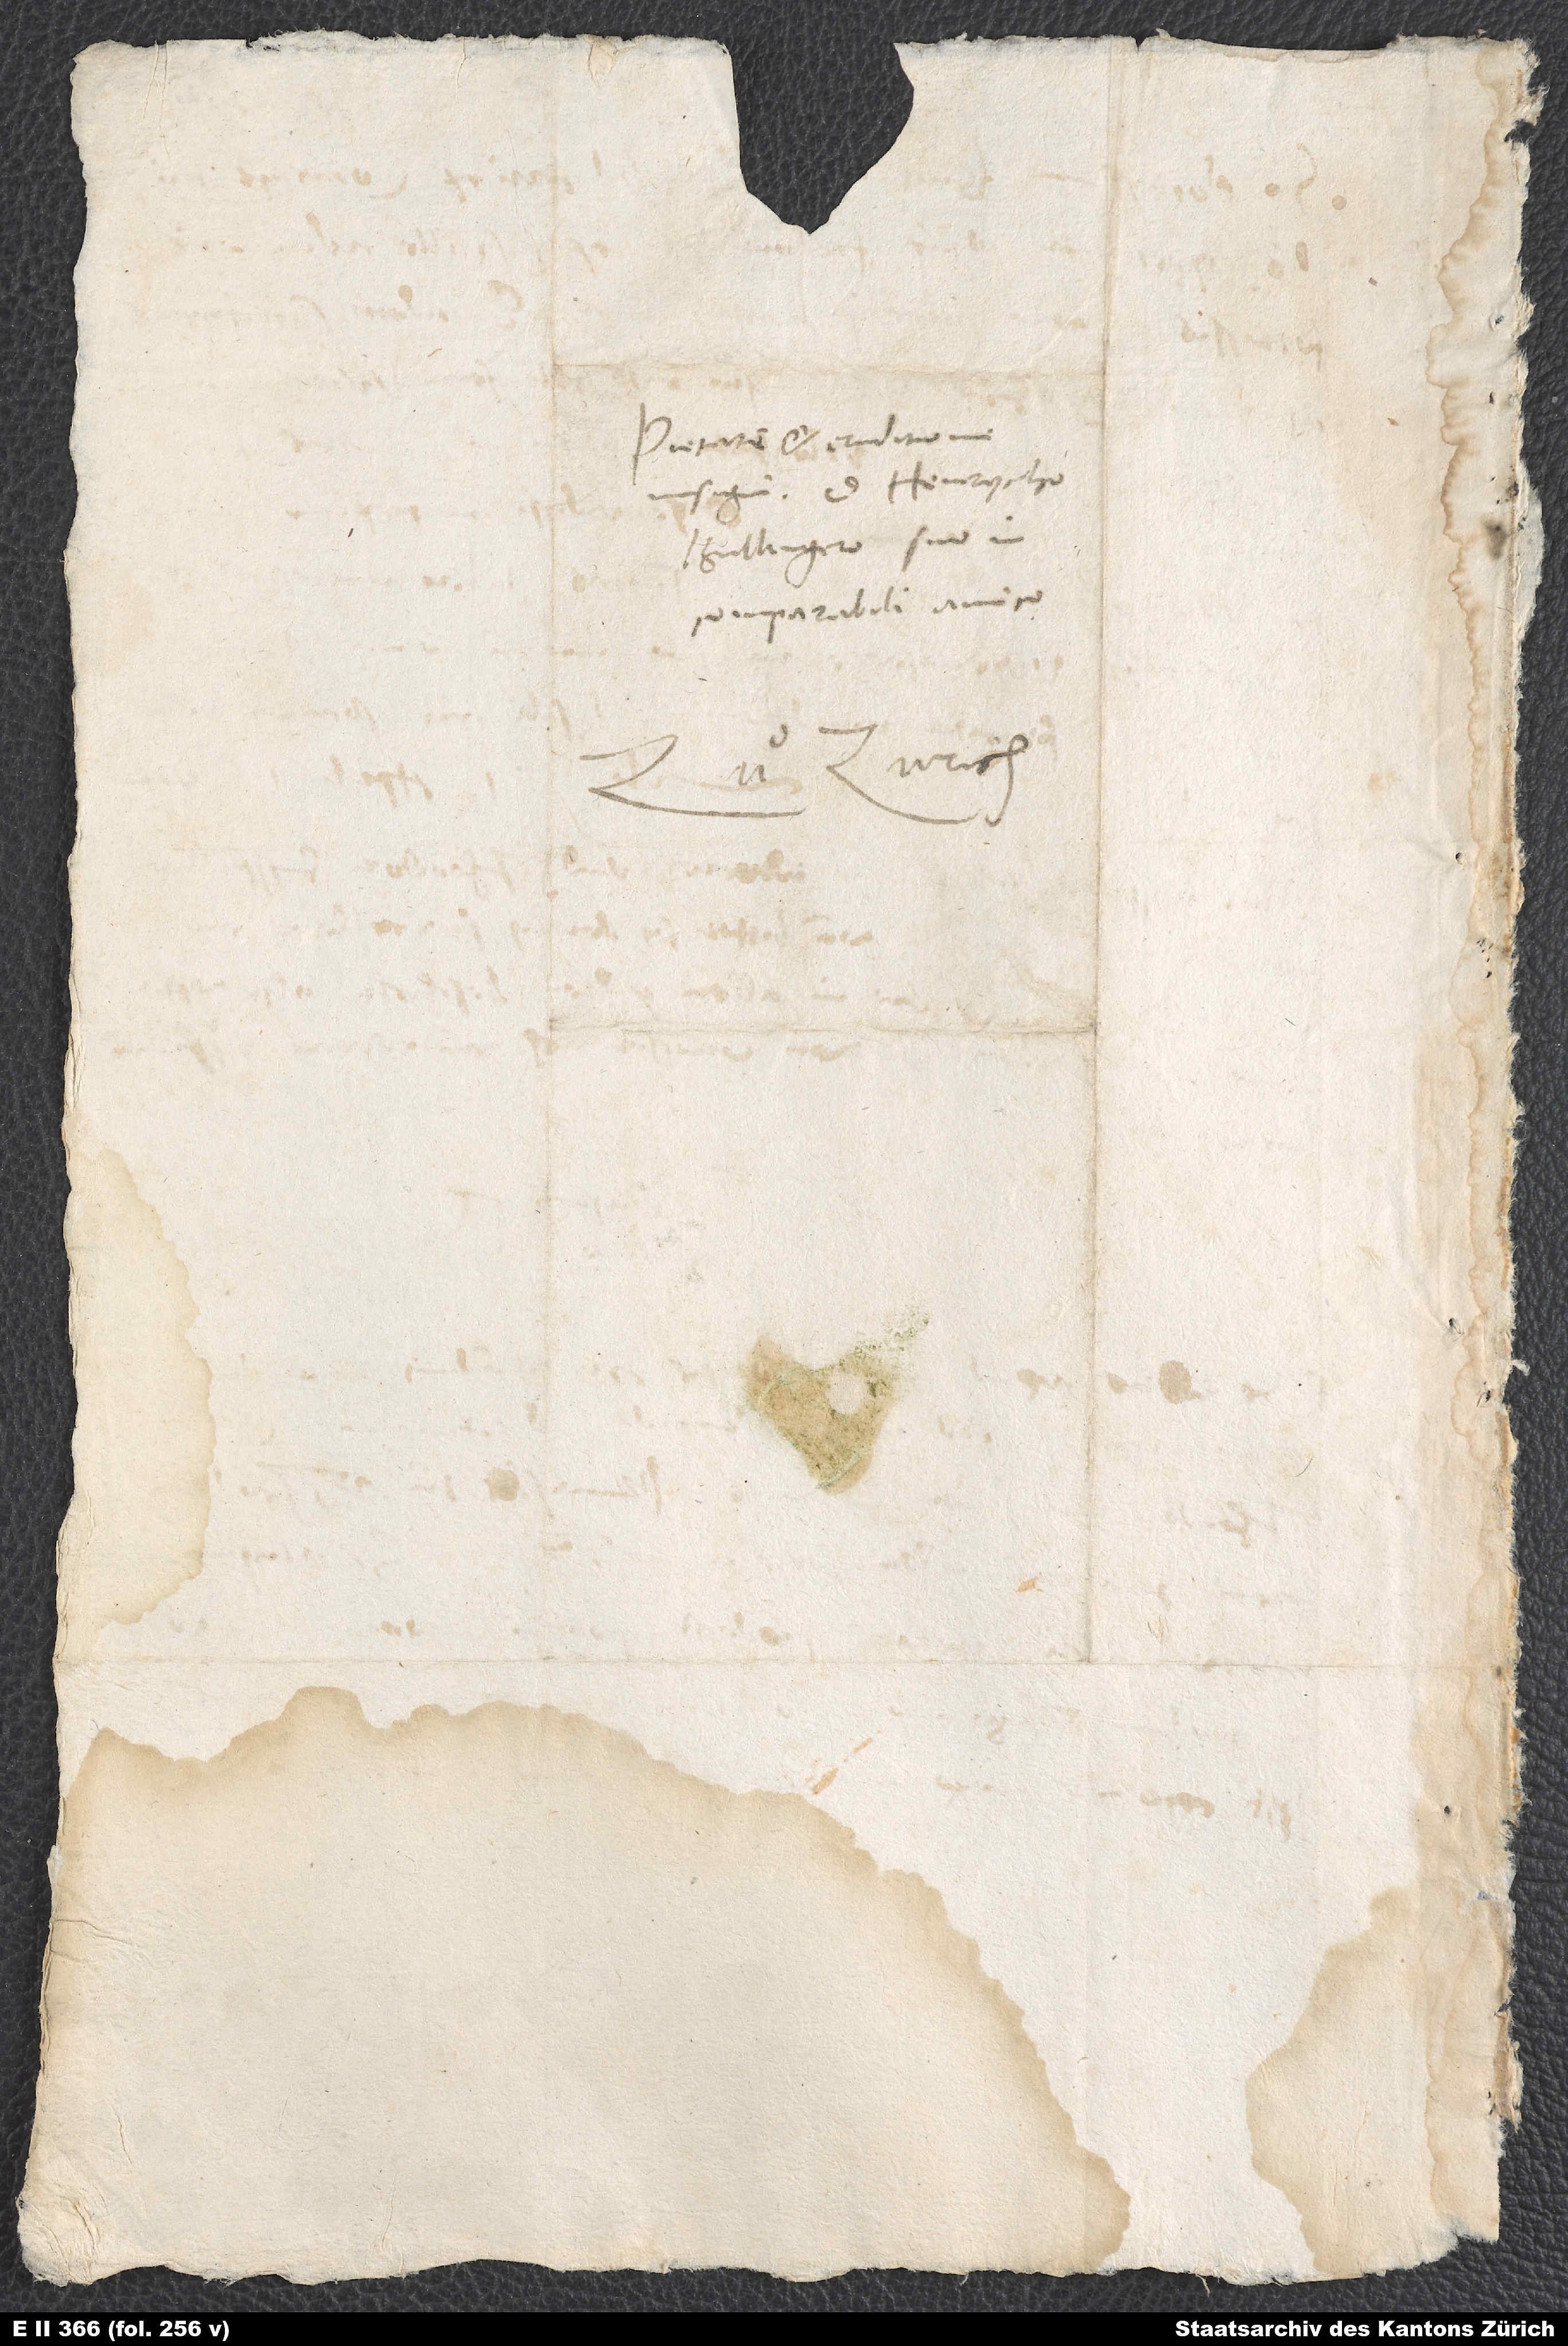
Pietate et eruditione
insigni d. Henrycho
Bullingero, suo
incomparabili amico.
Zuͦ Zurich.